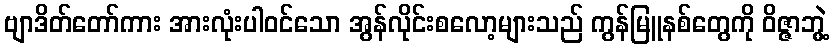
ဗျာဒိတ်တော်ကား အားလုံးပါ၀င်သော အွန်လိုင်းစလော့များသည် ကွန်မြူနစ်တွေကို ဝိဇ္ဇာဘွဲ့